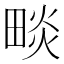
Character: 𤲩